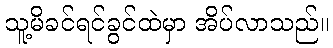
သူ့မိခင်ရင်ခွင်ထဲမှာ အိပ်လာသည်။